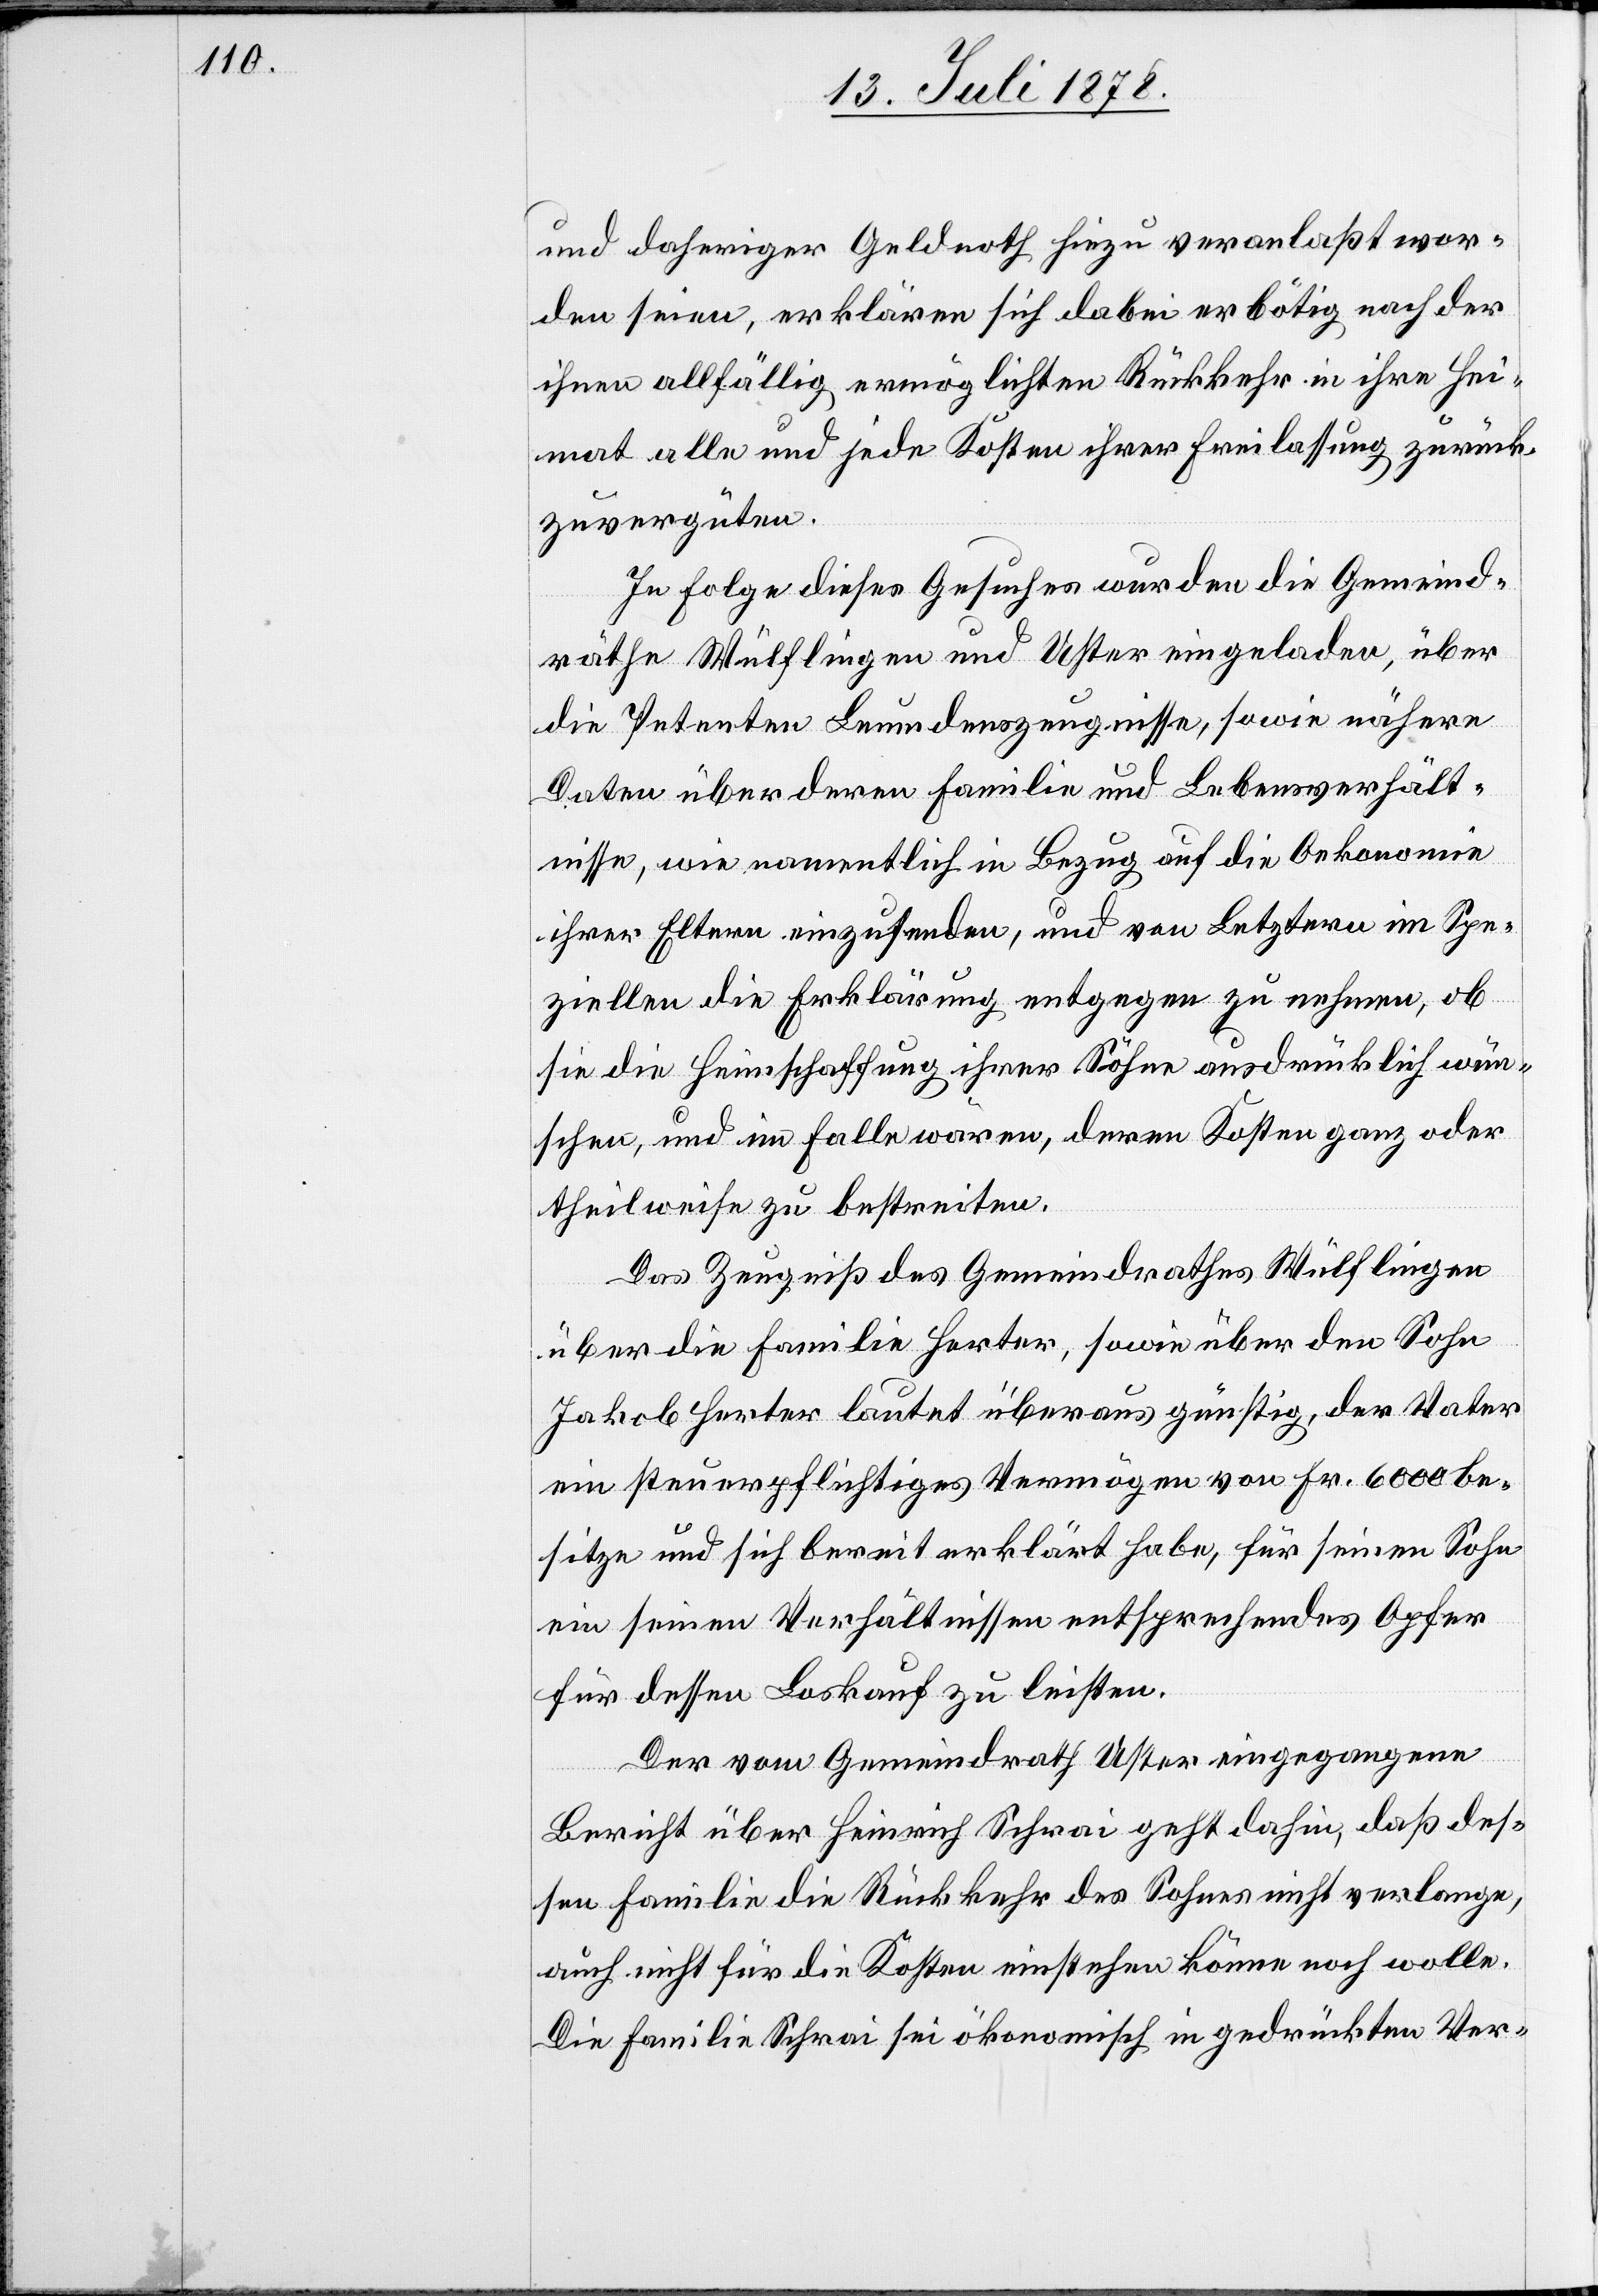
und daheriger Geldnoth hiezu veranlaßt wor¬
den seien, erklären sich daher erbötig nach der
ihnen allfällig ermöglichten Rückkehr in ihre Hei¬
mat alle und jede Kosten ihrer Freilassung zurück¬
zuvergüten.
In Folge dieses Gesuches wurden die Gemeind¬
räthe Wülflingen und Uster eingeladen, über
die Petenten Leumdenszeugnisse, sowie nähere
Daten über deren Familie und Lebensverhält¬
nisse, wie namentlich in Bezug auf die Oekonomie
ihrer Eltern einzusenden, und von Letztern im Spe¬
ziellen die Erklärung entgegen zu nehmen, ob
sie die Heimschaffung ihrer Söhne ausdrücklich wün¬
schen, und im Falle wären, deren Kosten ganz oder
theilweise zu bestreiten.
Das Zeugniß des Gemeindrathes Wülflingen
über die Familie Herter, sowie über den Sohn
Jakob Herter lautet überaus günstig, der Vater
ein steuerpflichtiges Vermögen von Fr. 6000 be¬
sitze und sich bereit erklärt habe, für seinen Sohn
ein seinen Verhältnissen entsprechendes Opfer
für dessen Loskauf zu leisten.
Der vom Gemeindrath Uster eingegangene
Bericht über Heinrich Schrai geht dahin, daß des¬
sen Familie die Rückkehr des Sohnes nicht verlange,
auch nicht für die Kosten einstehen könne noch wolle.
Die Familie Schrai sei ökonomisch in gedrückten Ver-